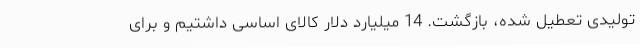
تولیدی تعطیل شده، بازگشت. 14 میلیارد دلار کالای اساسی داشتیم و برای